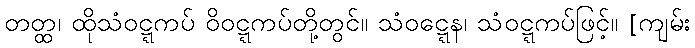
တတ္ထ၊ ထိုသံဝဋ္ဋကပ် ဝိဝဋ္ဋကပ်တို့တွင်။ သံဝဋ္ဋေန၊ သံဝဋ္ဋကပ်ဖြင့်။ [ကျမ်း